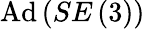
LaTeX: \mathrm{Ad}\left(SE\left(3\right)\right)